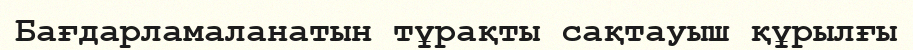
Бағдарламаланатын тұрақты сақтауыш құрылғы